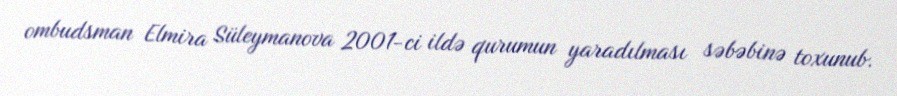
ombudsman Elmira Süleymanova 2001-ci ildə qurumun yaradılması səbəbinə toxunub.